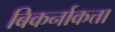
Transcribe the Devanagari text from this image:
बिकर्नाकत्ता